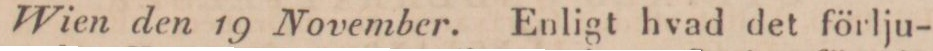
Wien den 19 November. Enligt hvad det förlju-